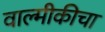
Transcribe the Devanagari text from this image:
वाल्मीकीचा